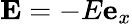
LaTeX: \mathbf{E}=-E\mathbf{e}_{x}